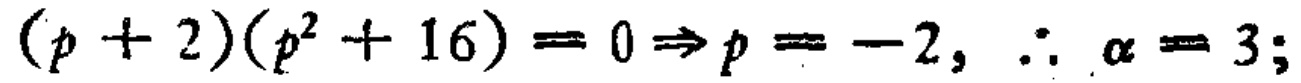
\((p + 2)(p^{2}+ 16)=0\Rightarrow p = - 2,\ \therefore \alpha = 3;\)